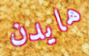
هايدن